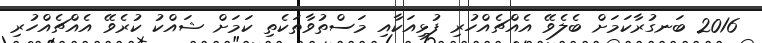
2016 ބަނގުރާކަމަށް ބެލެވޭ އެއްޗެއްހުރި ފުޅިއަކާއި މަސްތުވާތަކެތި ކަމަށް ޝައްކު ކުރެވޭ އެއްޗެއްހުރި